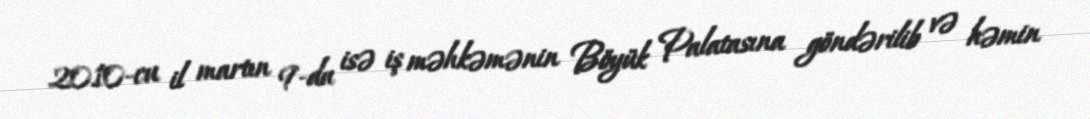
2010-cu il martın 9-da isə iş məhkəmənin Böyük Palatasına göndərilib və həmin